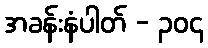
အခန်းနံပါတ် - ၃၀၄